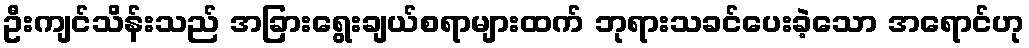
ဦးကျင်သိန်းသည် အခြားရွေးချယ်စရာများထက် ဘုရားသခင်ပေးခဲ့သော အရောင်ဟု